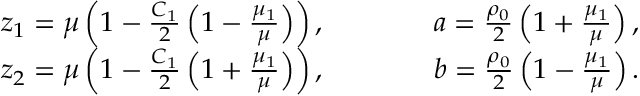
\begin{array} { r l r l } & { z _ { 1 } = \mu \left( 1 - \frac { C _ { 1 } } { 2 } \left( 1 - \frac { \mu _ { 1 } } { \mu } \right) \right) , } & & { \qquad a = \frac { \rho _ { 0 } } { 2 } \left( 1 + \frac { \mu _ { 1 } } { \mu } \right) , \ } \\ & { z _ { 2 } = \mu \left( 1 - \frac { C _ { 1 } } { 2 } \left( 1 + \frac { \mu _ { 1 } } { \mu } \right) \right) , } & & { \qquad b = \frac { \rho _ { 0 } } { 2 } \left( 1 - \frac { \mu _ { 1 } } { \mu } \right) . } \end{array}